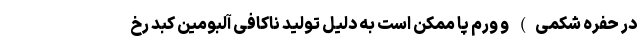
در حفره شکمی) و ورم پا ممکن است به دلیل تولید ناکافی آلبومین کبد رخ